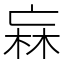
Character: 𭪑